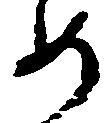
め